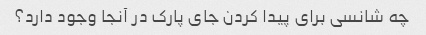
چه شانسی برای پیدا کردن جای پارک در آنجا وجود دارد؟